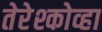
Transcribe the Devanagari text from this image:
तेरेश्कोव्हा